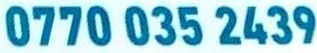
0770 035 2439